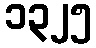
၁၃၂၅